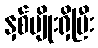
နှစ်မျိုးရှိပြီး